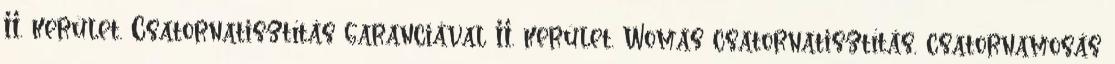
II. kerület. Csatornatisztítás garanciával II. kerület. Womás csatornatisztítás, csatornamosás